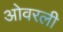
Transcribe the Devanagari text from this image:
ओवरली